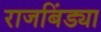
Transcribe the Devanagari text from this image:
राजबिंड्या